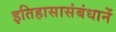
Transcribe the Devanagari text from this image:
इतिहासासंबंधानें